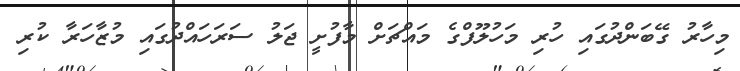
މިހާރު ގޭބަންދުގައި ހުރި މަހުލޫފްގެ މައްޗަށް މާފުށީ ޖަލު ސަރަހައްދުގައި މުޒާހަރާ ކުރި